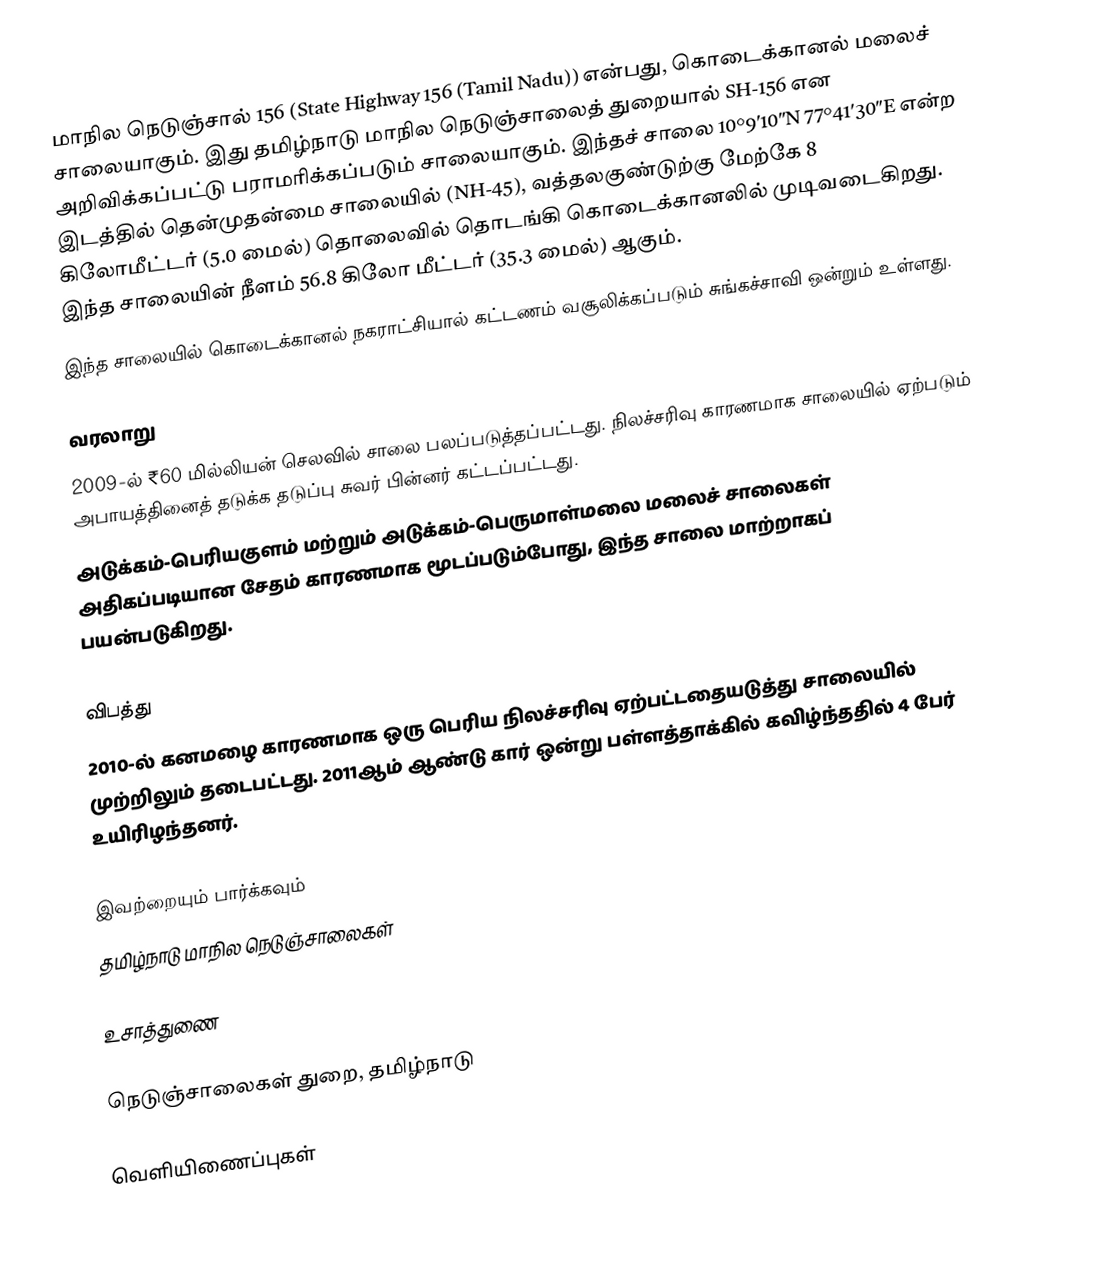
மாநில நெடுஞ்சால் 156 (State Highway 156 (Tamil Nadu)) என்பது, கொடைக்கானல் மலைச் சாலையாகும். இது தமிழ்நாடு மாநில நெடுஞ்சாலைத் துறையால் SH-156 என அறிவிக்கப்பட்டு பராமரிக்கப்படும் சாலையாகும். இந்தச் சாலை 10°9′10″N 77°41′30″E என்ற இடத்தில் தென்முதன்மை சாலையில் (NH-45), வத்தலகுண்டுற்கு மேற்கே 8 கிலோமீட்டர் (5.0 மைல்) தொலைவில் தொடங்கி கொடைக்கானலில் முடிவடைகிறது. இந்த சாலையின் நீளம் 56.8 கிலோ மீட்டர் (35.3 மைல்) ஆகும்.
இந்த சாலையில் கொடைக்கானல் நகராட்சியால் கட்டணம் வசூலிக்கப்படும் சுங்கச்சாவி ஒன்றும் உள்ளது.

வரலாறு
2009-ல் ₹60 மில்லியன் செலவில் சாலை பலப்படுத்தப்பட்டது.  நிலச்சரிவு காரணமாக சாலையில் ஏற்படும் அபாயத்தினைத் தடுக்க தடுப்பு சுவர் பின்னர் கட்டப்பட்டது.
அடுக்கம்-பெரியகுளம் மற்றும் அடுக்கம்-பெருமாள்மலை மலைச் சாலைகள் அதிகப்படியான சேதம் காரணமாக மூடப்படும்போது, இந்த சாலை மாற்றாகப் பயன்படுகிறது.

விபத்து
2010-ல் கனமழை காரணமாக ஒரு பெரிய நிலச்சரிவு ஏற்பட்டதையடுத்து சாலையில் முற்றிலும் தடைபட்டது. 2011ஆம் ஆண்டு கார் ஒன்று பள்ளத்தாக்கில் கவிழ்ந்ததில் 4 பேர் உயிரிழந்தனர்.

இவற்றையும் பார்க்கவும்
 தமிழ்நாடு மாநில நெடுஞ்சாலைகள்

உசாத்துணை

 நெடுஞ்சாலைகள் துறை, தமிழ்நாடு

வெளியிணைப்புகள்